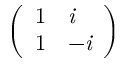
\left( \begin{array} { l l } { 1 } & { \it { i } } \\ { 1 } & { - \it { i } } \end{array} \right)